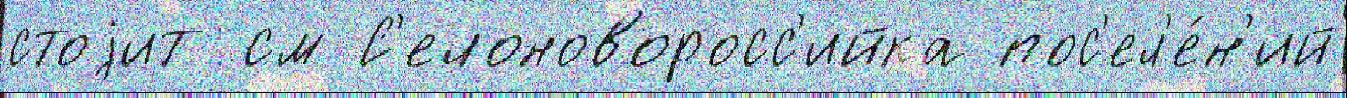
стоjит см С'елоноворосс'ийка пос'ел'е́н'ий